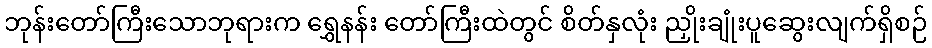
ဘုန်းတော်ကြီးသောဘုရားက ရွှေနန်း တော်ကြီးထဲတွင် စိတ်နှလုံး ညှိုးချုံးပူဆွေးလျက်ရှိစဉ်